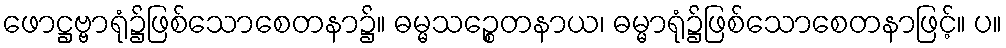
ဖောဋ္ဌဗ္ဗာရုံ၌ဖြစ်သောစေတနာ၌။ ဓမ္မသဉ္စေတနာယ၊ ဓမ္မာရုံ၌ဖြစ်သောစေတနာဖြင့်။ ပ။